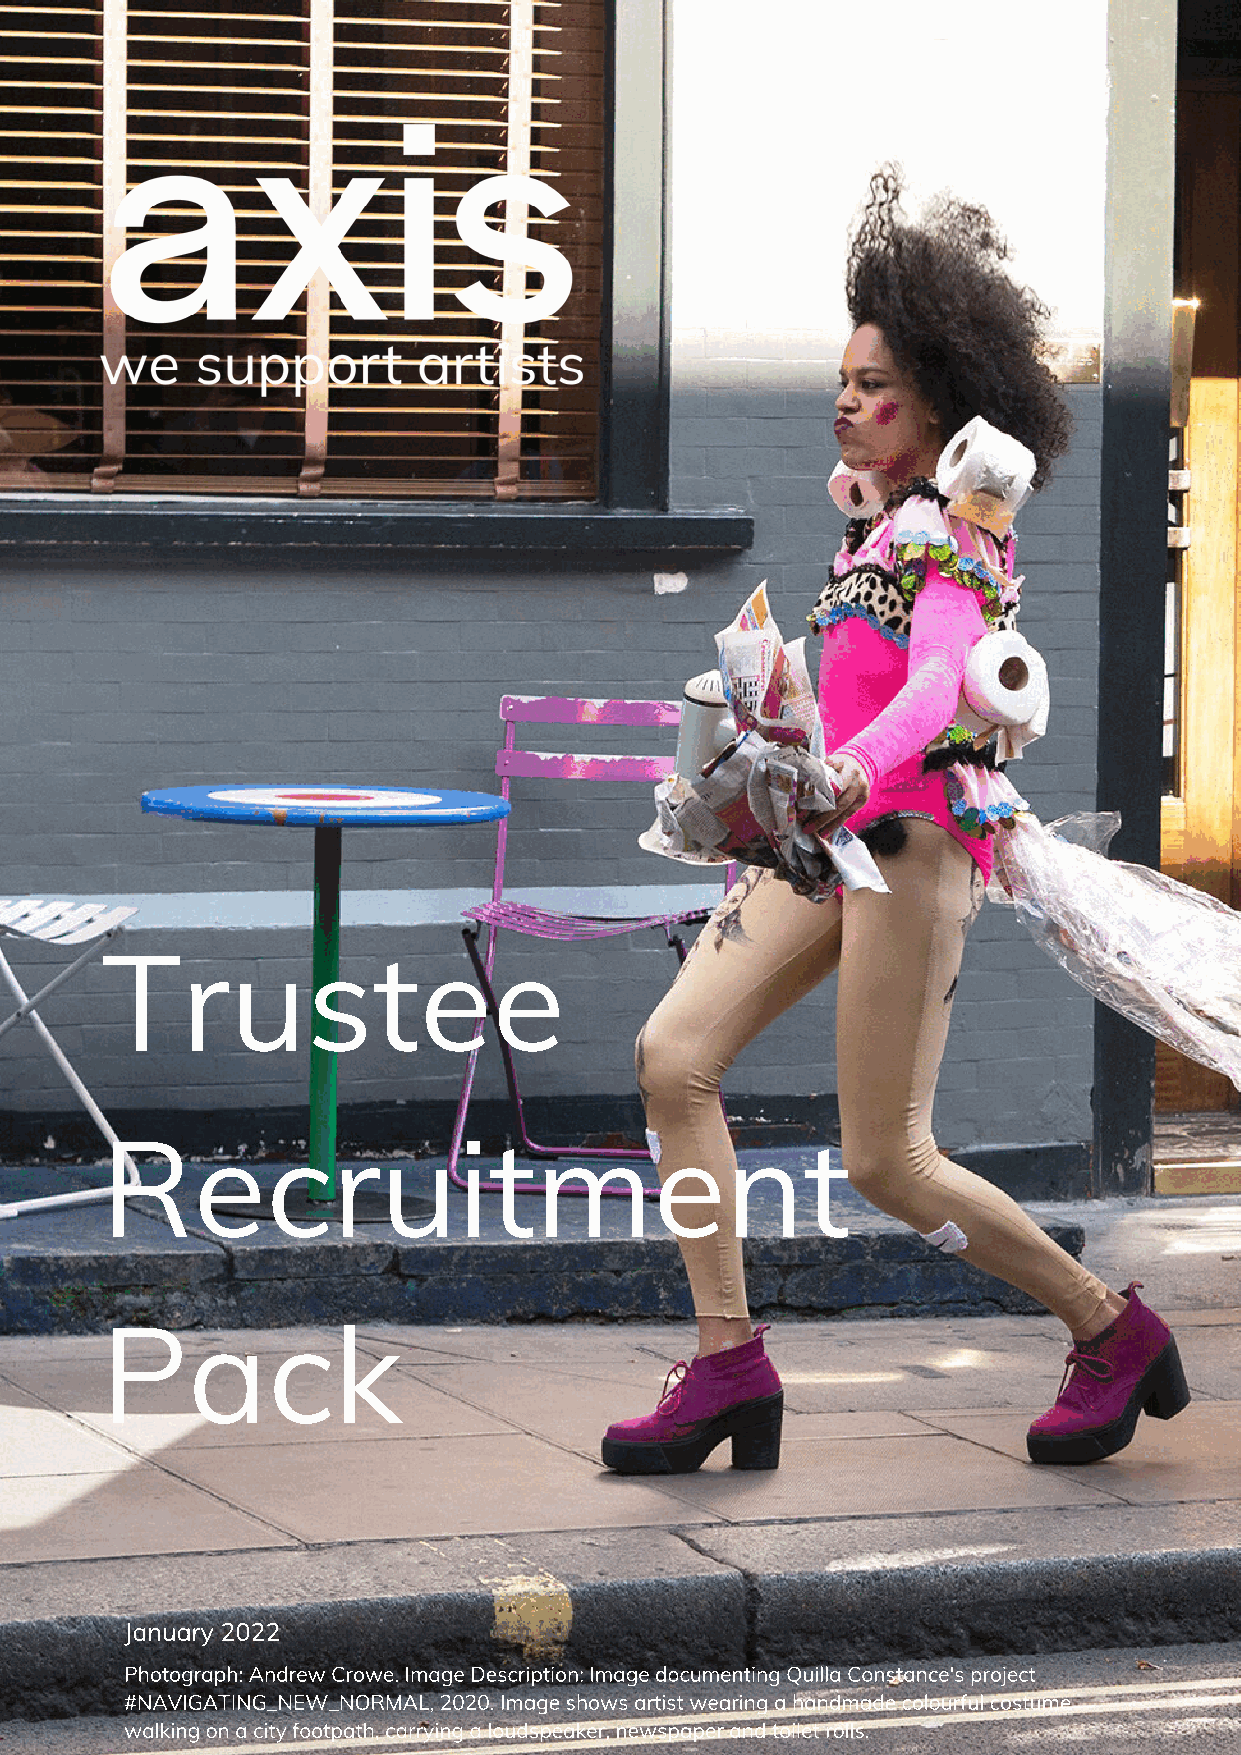
Trustee
 Recruitment
 Pack
 January 2022
 Photograph: Andrew Crowe. Image Description: Image documenting Quilla Constance's project
 #NAVIGATING_NEW_NORMAL, 2020. Image shows artist wearing a handmade colourful costume
 walking on a city footpath, carrying a loudspeaker, newspaper and toilet rolls.